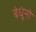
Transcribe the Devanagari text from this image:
बंधूंनो